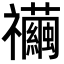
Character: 𥜲